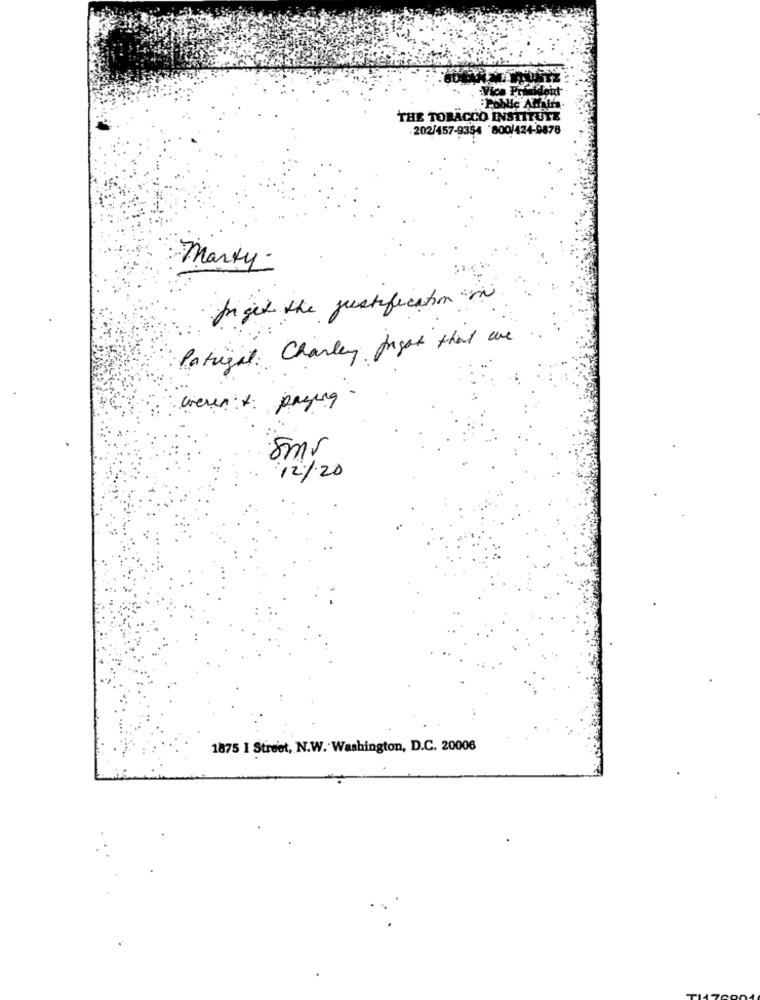
Vica Prf
loht
:Public Affairs
THE TOBACCO INSTITUTE
202/457-9354 800/424-9878
Marty.
fi get the justification in
Portugal: Charley fight that are
weren:+ paying
Smr
12/20
1875 I Street, N.W. Washington, D.C. 20006